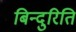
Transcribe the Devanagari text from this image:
बिन्दुरिति